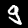
Digit: 9